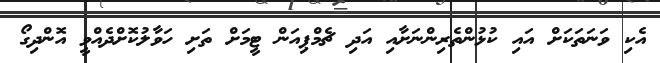
އެކި ވަނަތަކަށް އައި ކުޅުންތެރިންނަށާއި އަދި ޗެމްޕިއަން ޓީމަށް ތަށި ހަވާލުކޮށްދެއްވީ އޮންދިގޯ